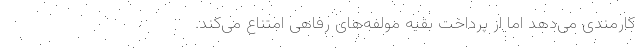
کارمندی می‌دهد اما از پرداخت بقیه مولفه‌‌های رفاهی امتناع می‌کند.